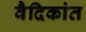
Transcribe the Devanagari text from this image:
वैदिकांत